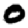
Digit: 0